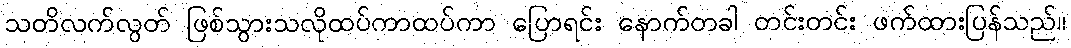
သတိလက်လွတ် ဖြစ်သွားသလိုထပ်ကာထပ်ကာ ပြောရင်း နောက်တခါ တင်းတင်း ဖက်ထားပြန်သည်။